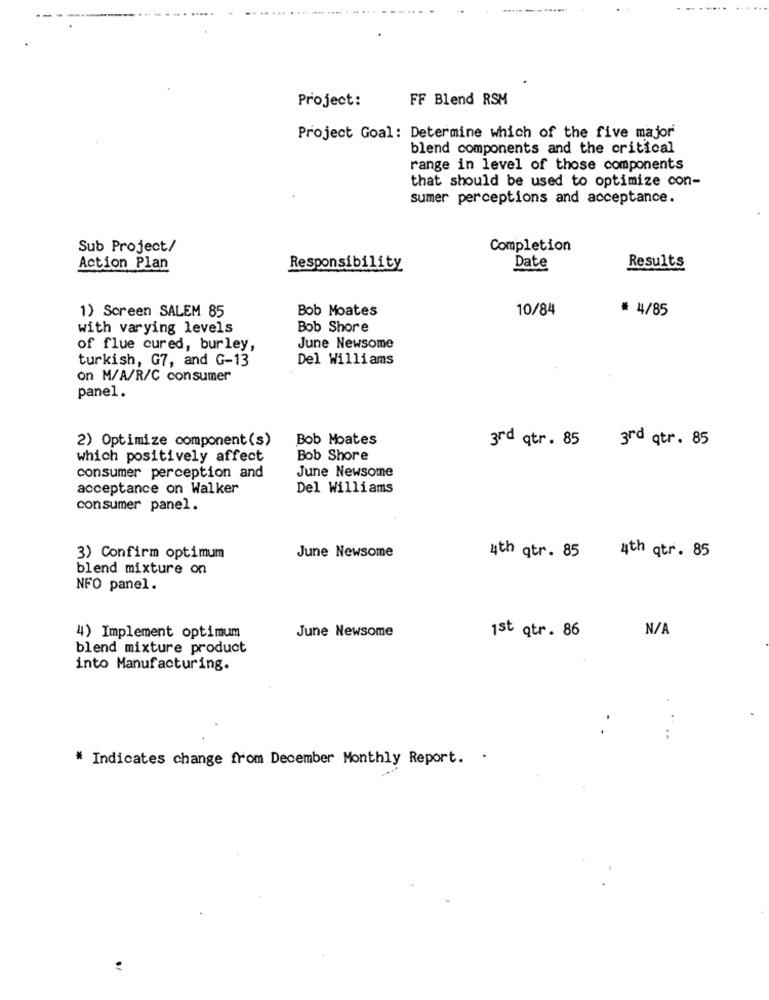
Project:
FF Blend RSM
Project Goal: Determine which of the five major
blend components and the critical
range in level of those components
that should be used to optimize con-
sumer perceptions and acceptance.
Sub Project/
Completion
Results
Action Plan
Responsibility
Date
1) Screen SALEM 85
Bob Moates
10/84
# 4/85
with varying levels
Bob Shore
of flue cured, burley,
June Newsome
turkish, G7, and G-13
Del Williams
on M/A/R/C consumer
panel.
2) Optimize component(s)
Bob Moates
3rd qtr. 85 3rd qtr. 85
which positively affect
Bob Shore
consumer perception and
June Newsome
acceptance on Walker
Del Williams
consumer panel.
3) Confirm optimum
June Newsome
4th qtr. 85
4th qtr. 85
blend mixture on
NFO panel.
1st qtr. 86
4) Implement optimum
June Newsome
blend mixture product
into Manufacturing.
.
.
..
* Indicates change from December Monthly Report. .